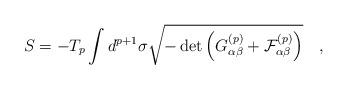
LaTeX: \begin{align*}S = -T_{p} \int d^{p+1}\sigma\sqrt{-\det\left(G_{\alpha\beta}^{(p)}+{\cal{F}}_{\alpha\beta}^{(p)}\right)} \quad ,\end{align*}